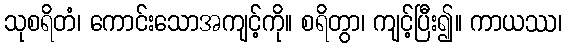
သုစရိတံ၊ ကောင်းသောအကျင့်ကို။ စရိတွာ၊ ကျင့်ပြီး၍။ ကာယဿ၊